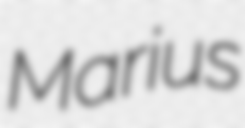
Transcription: Marius